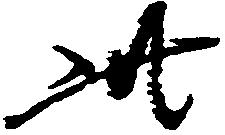
此